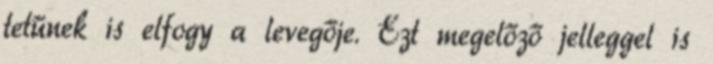
tetűnek is elfogy a levegője. Ezt megelőző jelleggel is